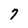
Character: 7